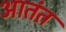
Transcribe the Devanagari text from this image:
आतंत